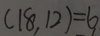
( 1 8 , 1 2 ) = 6